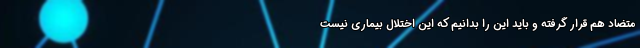
متضاد هم قرار گرفته و باید این را بدانیم که این اختلال بیماری نیست